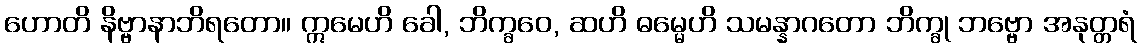
ဟောတိ နိဗ္ဗာနာဘိရတော။ ဣမေဟိ ခေါ, ဘိက္ခဝေ, ဆဟိ ဓမ္မေဟိ သမန္နာဂတော ဘိက္ခု ဘဗ္ဗော အနုတ္တရံ